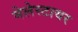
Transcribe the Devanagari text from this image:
मेलेस्टायर